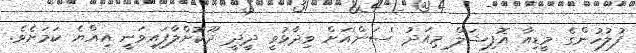
ފުލުހުންގެ މީޑިއާ އޮފިޝަލް މިއަދު 'ސަން'އަށް ވިދާޅުވީ ދީދީ ދޫކޮށްލާފައިވަނީ އިއްޔެ ކަމަށެވެ.